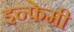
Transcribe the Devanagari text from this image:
इन्फेमी